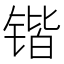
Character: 锴